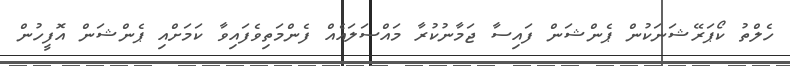
ހެލްތު ކޯޕަރޭޝަނަކުން ޕެންޝަން ފައިސާ ޖަމާނުކުރާ މައްސަލައެއް ފެންމަތިވެފައިވާ ކަމަށްއި ޕެންޝަން އޮފީހުން